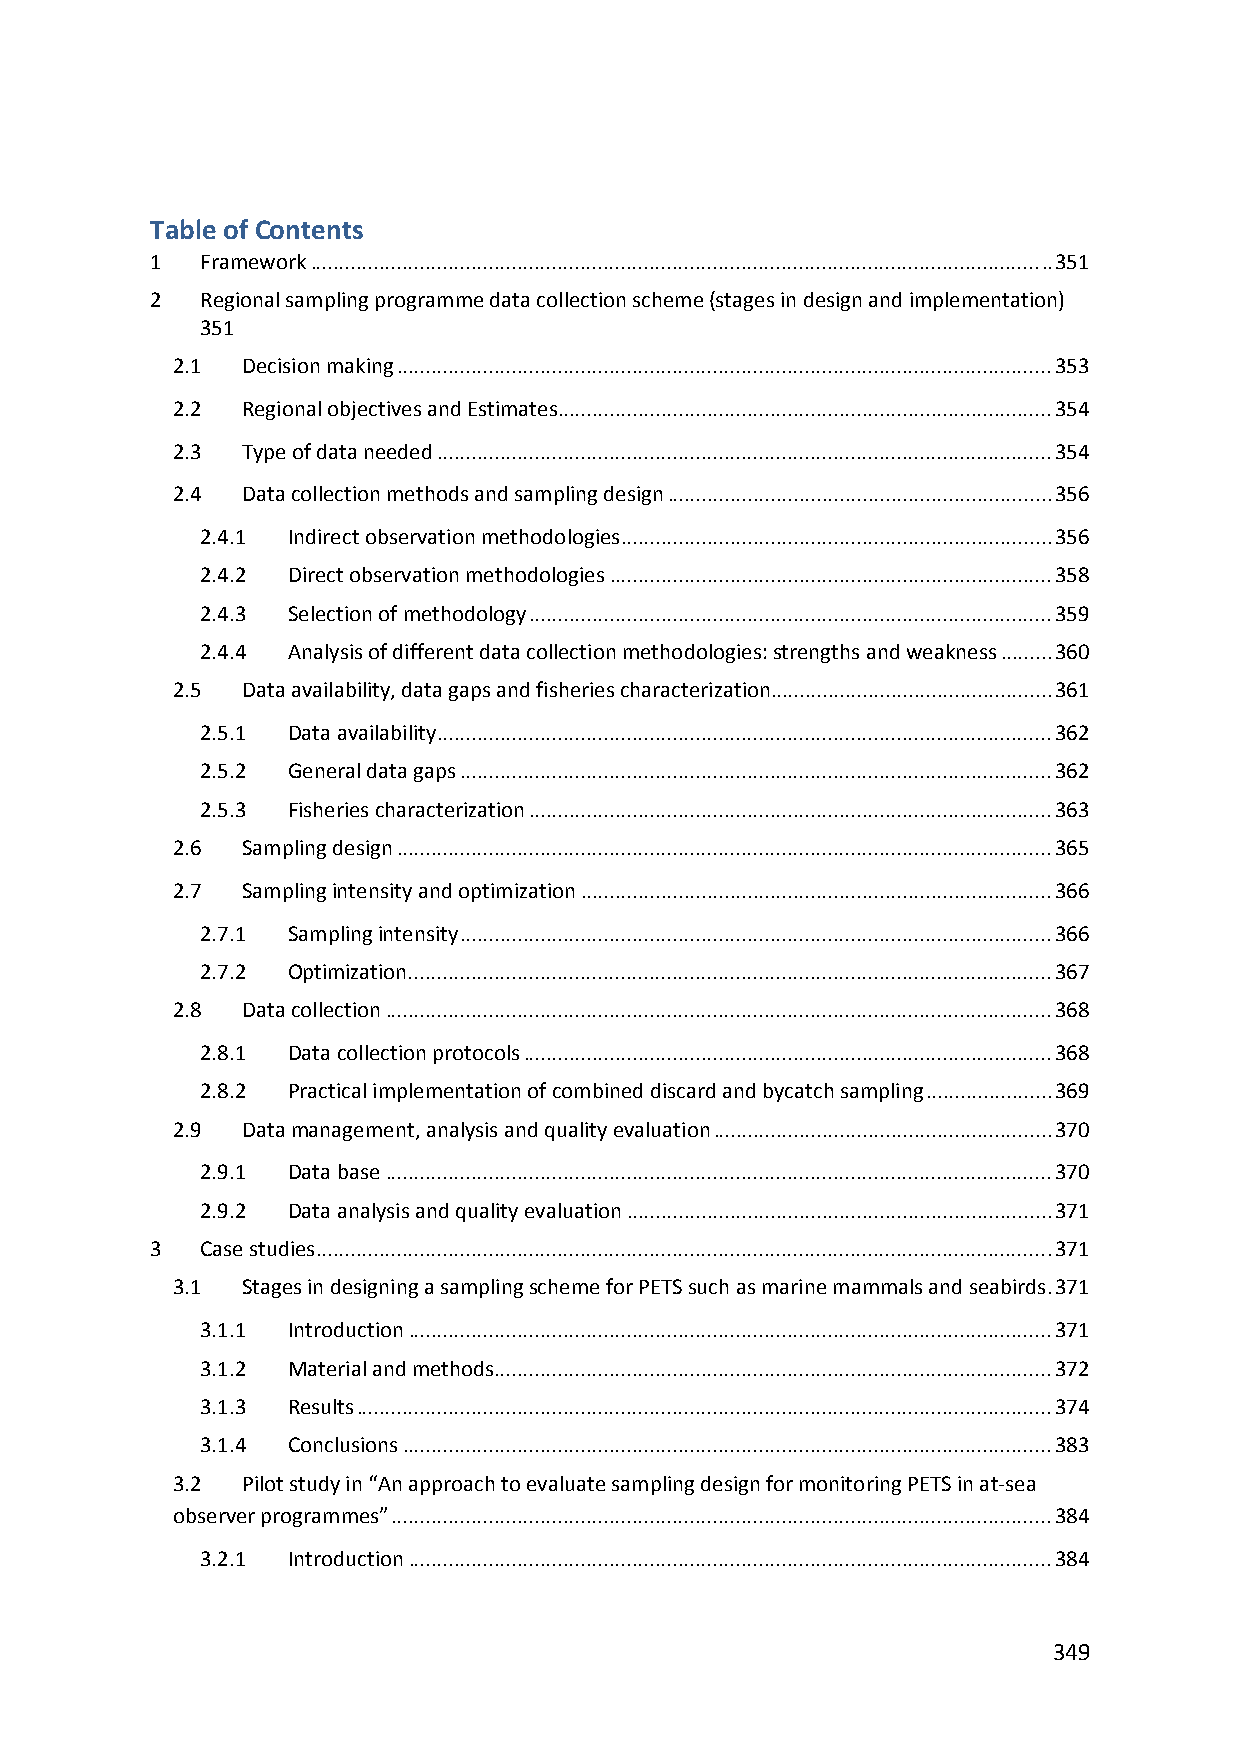
Table of Contents
 1  Framework ................................................................................................................................. 351
 2  Regional sampling programme data collection scheme (stages in design and implementation)
 351
 2.1  Decision making .................................................................................................................. 353
 2.2  Regional objectives and Estimates ...................................................................................... 354
 2.3  Type of data needed ........................................................................................................... 354
 2.4  Data collection methods and sampling design ................................................................... 356
 2.4.1 Indirect observation methodologies ........................................................................... 356
 2.4.2 Direct observation methodologies ............................................................................. 358
 2.4.3 Selection of methodology ........................................................................................... 359
 2.4.4 Analysis of different data collection methodologies: strengths and weakness ......... 360
 2.5  Data availability, data gaps and fisheries characterization ................................................. 361
 2.5.1 Data availability ........................................................................................................... 362
 2.5.2 General data gaps ....................................................................................................... 362
 2.5.3 Fisheries characterization ........................................................................................... 363
 2.6  Sampling design .................................................................................................................. 365
 2.7  Sampling intensity and optimization .................................................................................. 366
 2.7.1 Sampling intensity ....................................................................................................... 366
 2.7.2 Optimization................................................................................................................ 367
 2.8  Data collection .................................................................................................................... 368
 2.8.1 Data collection protocols ............................................................................................ 368
 2.8.2 Practical implementation of combined discard and bycatch sampling ...................... 369
 2.9  Data management, analysis and quality evaluation ........................................................... 370
 2.9.1 Data base .................................................................................................................... 370
 2.9.2 Data analysis and quality evaluation .......................................................................... 371
 3  Case studies ................................................................................................................................ 371
 3.1  Stages in designing a sampling scheme for PETS such as marine mammals and seabirds . 371
 3.1.1 Introduction ................................................................................................................ 371
 3.1.2 Material and methods................................................................................................. 372
 3.1.3 Results ......................................................................................................................... 374
 3.1.4 Conclusions ................................................................................................................. 383
 3.2  Pilot study in “An approach to evaluate sampling design for monitoring PETS in at‐sea
 observer programmes” ................................................................................................................... 384
 3.2.1 Introduction ................................................................................................................ 384
 349